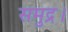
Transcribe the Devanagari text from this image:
समुद्र।